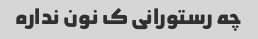
چه رستورانی ک نون نداره